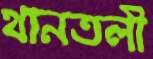
থানতলী